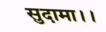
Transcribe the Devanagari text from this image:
सुदामा।।